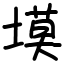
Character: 塻